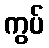
ကွပ်